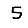
Digit: 5